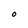
Character: O